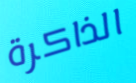
الذاكرة